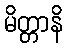
မိတ္တာနိ